Annual report of the Punjab Veterinary College and of the Civil Veterinary Department, Punjab - 1894-1908
Year: 1894
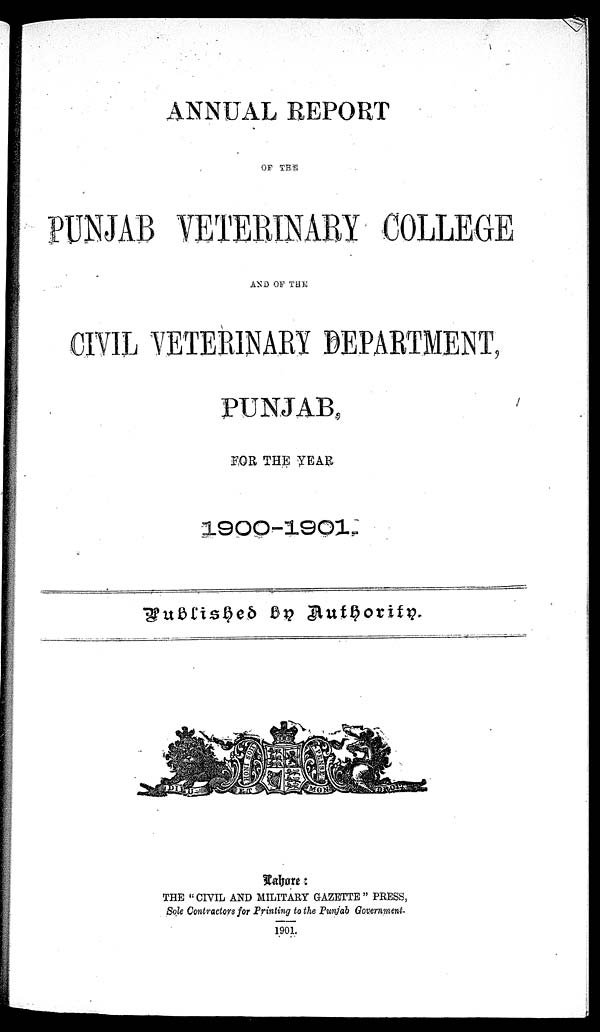
ANNUAL REPORT
OF THE
PUNJAB VETERINARY COLLEGE
AND OF THE
CIVIL VETERINARY DEPARTMENT,
PUNJAB,
FOR, THE YEAR
1900-1901.
Published
by
Authority.
Lahore:
THE "CIVIL AND MILITARY GAZETTE" PRESS,
Sole Contractors for Printing to the Punjab Government.
1901.